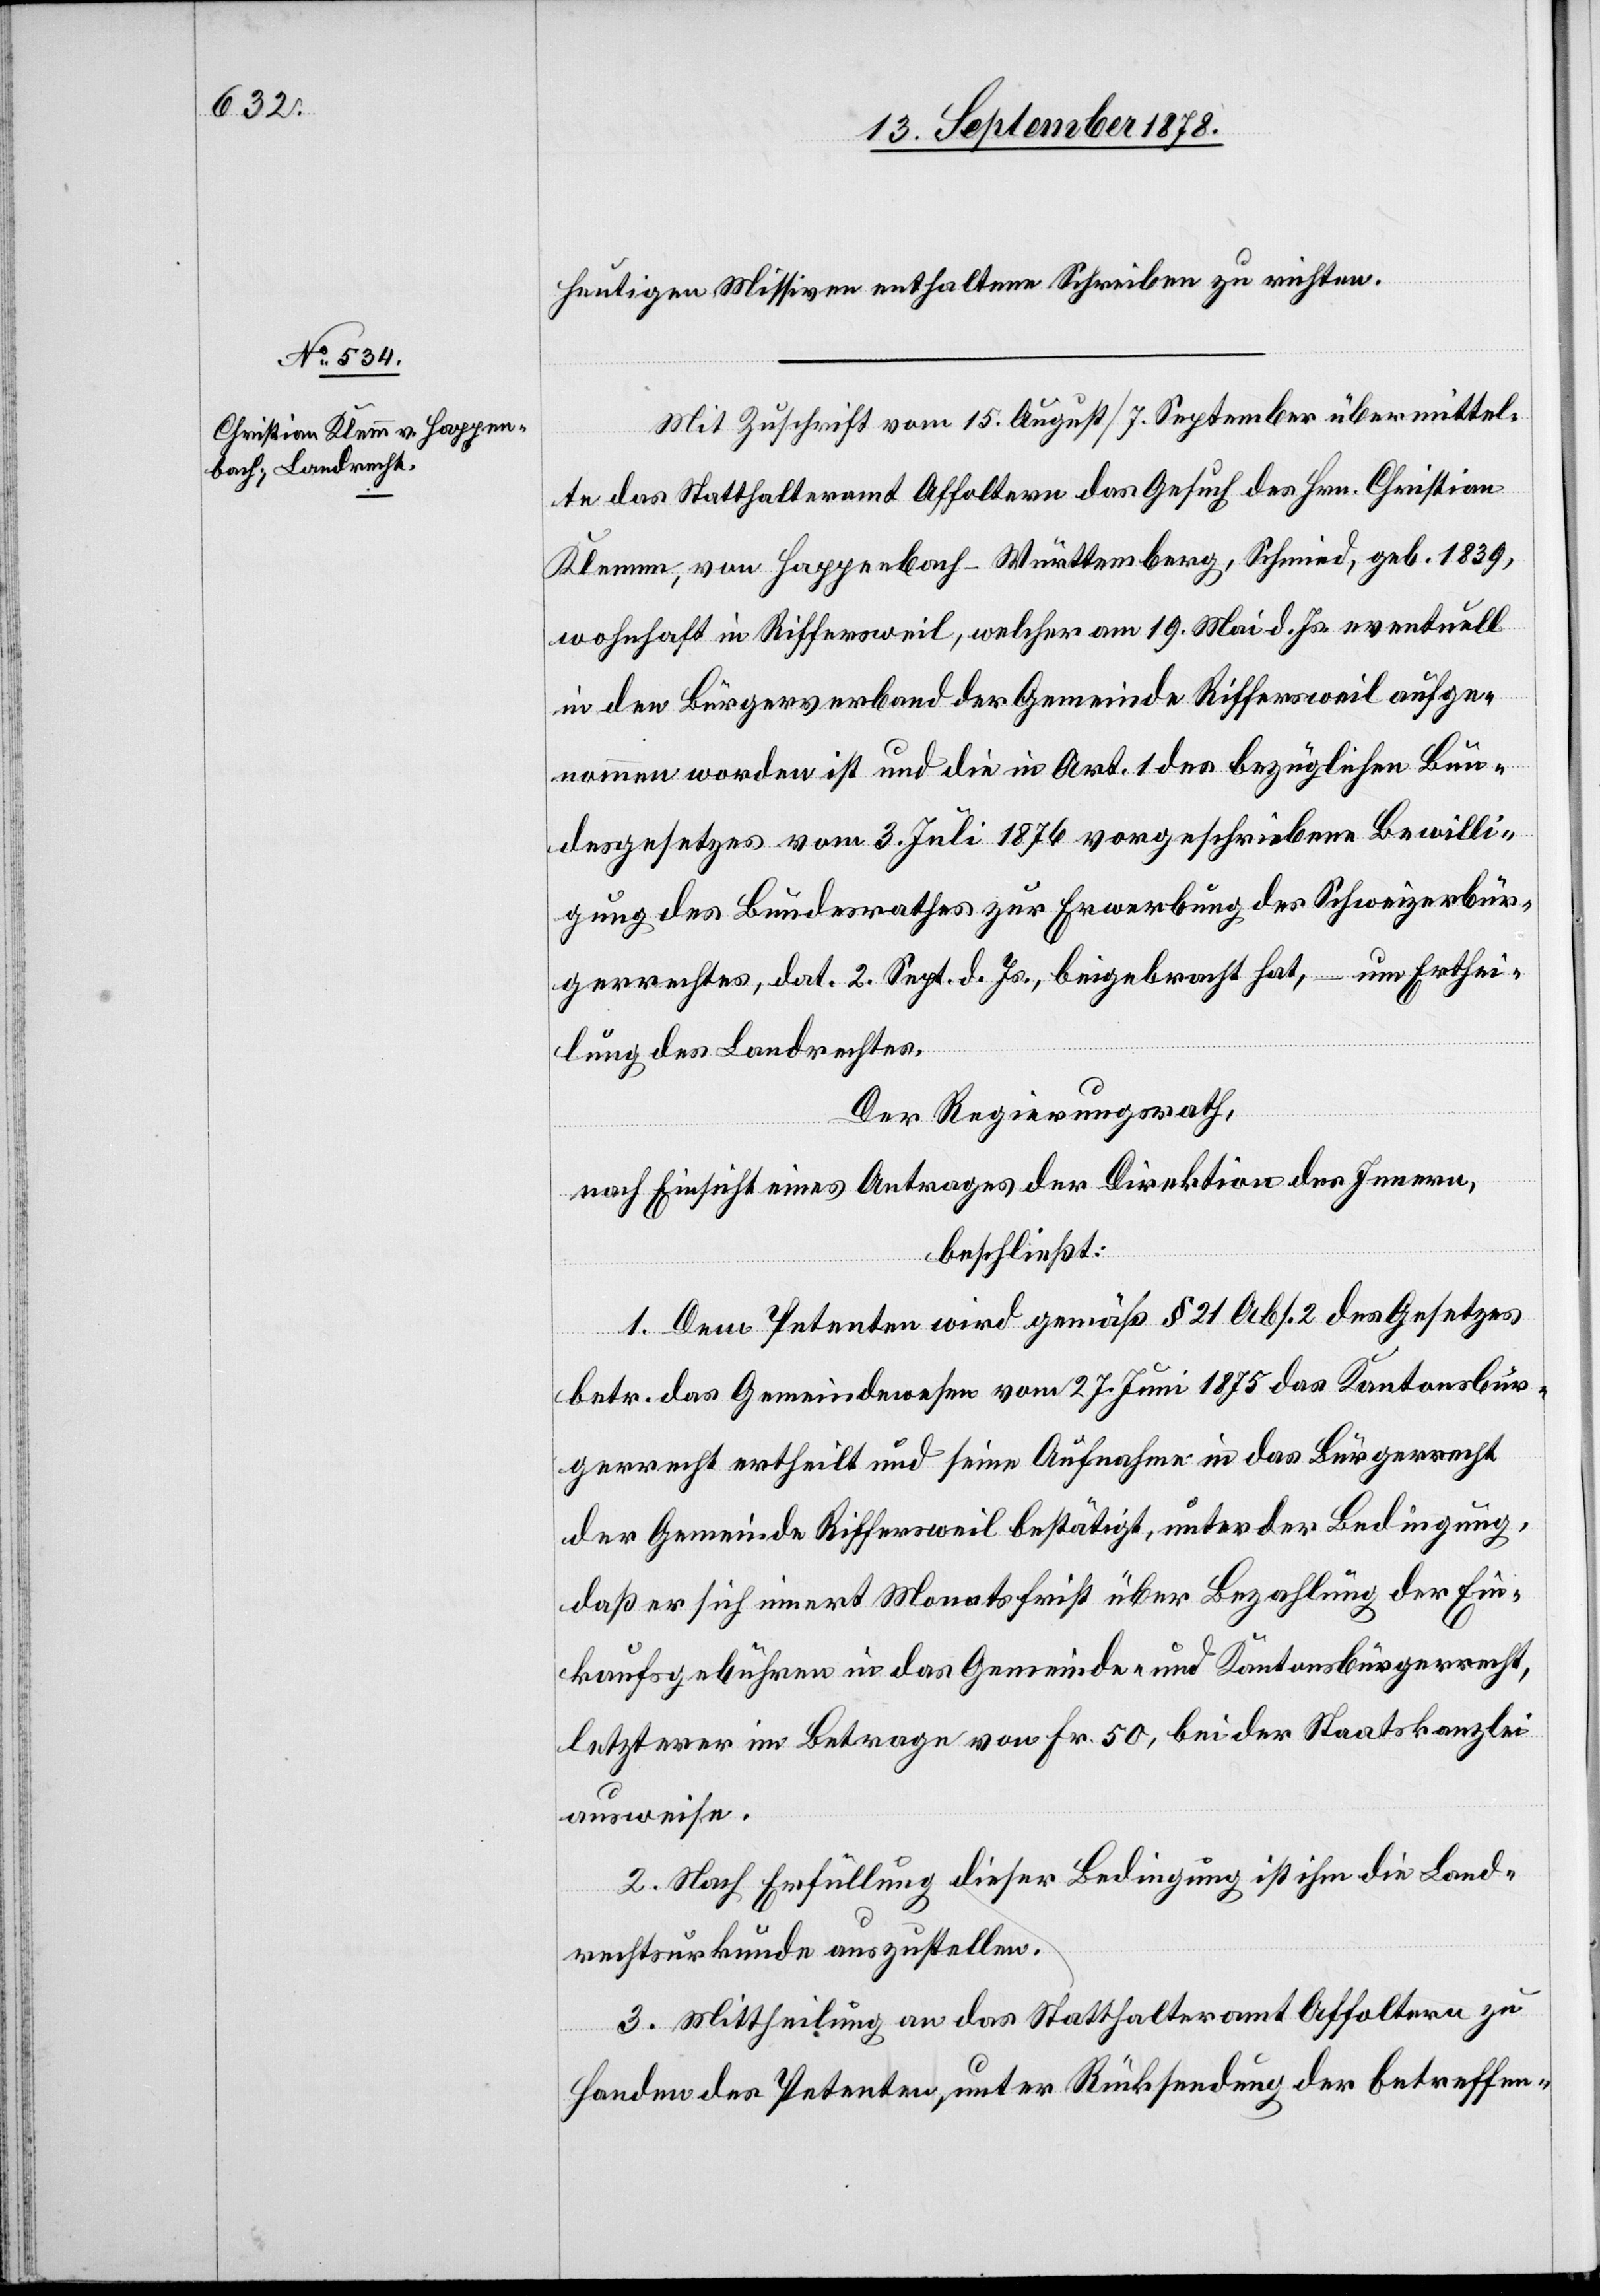
heutigen Missiven enthaltene Schreiben zu richten.
Mit Zuschrift vom 15. August / 7. September übermittel¬
te das Statthalteramt Affoltern das Gesuch des Hrn. Christian
Klemm, von Happenbach - Württemberg, Schmid, geb. 1839,
wohnhaft in Richtersweil, welcher am 19. Mai d. Js. eventuell
in den Bürgerverband der Gemeinde Richtersweil aufge¬
nommen worden ist und die in Art. 1 des bezüglichen Bun¬
desgesetzes vom 3. Juli 1876 vorgeschriebene Bewilli¬
gung des Bundesrathes zur Erwerbung des Schweizerbür¬
gerrechtes, dat. 2. Sept. d. Js., beigebracht hat, – um Erthei¬
lung des Landrechtes.
Der Regierungsrath,
nach Einsicht eines Antrages der Direktion des Innern,
beschließt:
1. Dem Petenten wird gemäß § 21 Abs. 2 des Gesetzes
betr. das Gemeindewesen vom 27. Juni das Kantonsbür¬
gerrecht ertheilt und seine Aufnahme in das Bürgerrecht
der Gemeinde Riffersweil bestätigt, unter der Bedingung,
daß er sich innert Monatsfrist über Bezahlung der Ein¬
kaufsgebühren in das Gemeinde- und Kantonsbürgerrecht,
letzterer im Betrage von Fr. 50, bei der Staatskanzlei
ausweise.
2. Nach Erfüllung dieser Bedingung ist ihm die Land¬
rechtsurkunde auszustellen.
3. Mittheilung an das Statthalteramt Affoltern zu
Handen des Petenten, unter Rücksendung der betreffen-